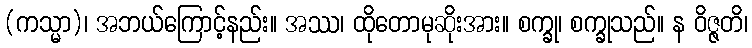
(ကသ္မာ)၊ အဘယ်ကြောင့်နည်း။ အဿ၊ ထိုတောမုဆိုးအား။ စက္ခု၊ စက္ခုသည်။ န ဝိဇ္ဇတိ၊